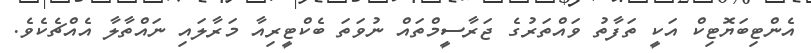
އެންޓިބަޔޮޓިކް އަކީ ތަފާތު ވައްތަރުގެ ޖަރާސީމްތައް ނުވަތަ ބެކްޓީރިއާ މަރާލައި ނައްތާލާ އެއްޗެކެވެ.